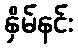
နှိမ်နင်း